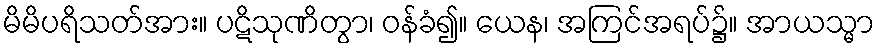
မိမိပရိသတ်အား။ ပဋိသုဏိတွာ၊ ဝန်ခံ၍။ ယေန၊ အကြင်အရပ်၌။ အာယသ္မာ